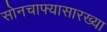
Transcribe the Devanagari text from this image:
सोनचाफ्यासारख्या